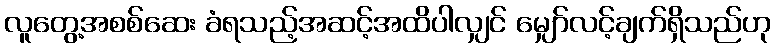
လူတွေ့အစစ်ဆေး ခံရသည့်အဆင့်အထိပါလျှင် မျှော်လင့်ချက်ရှိသည်ဟု